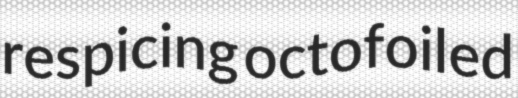
respicing octofoiled